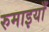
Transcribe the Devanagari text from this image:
रुमाइयाँ